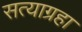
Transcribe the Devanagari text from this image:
सत्याग्रहा